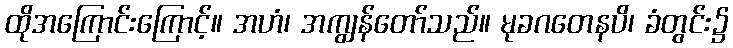
ထိုအကြောင်းကြောင့်။ အဟံ၊ အကျွန်တော်သည်။ မုခဂတေနပိ၊ ခံတွင်း၌